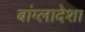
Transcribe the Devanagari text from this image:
बांग्लादेशा